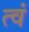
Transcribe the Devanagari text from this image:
त्वं